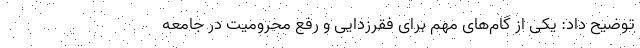
توضیح داد: یکی از گام‌های مهم برای فقرزدایی و رفع محرومیت در جامعه